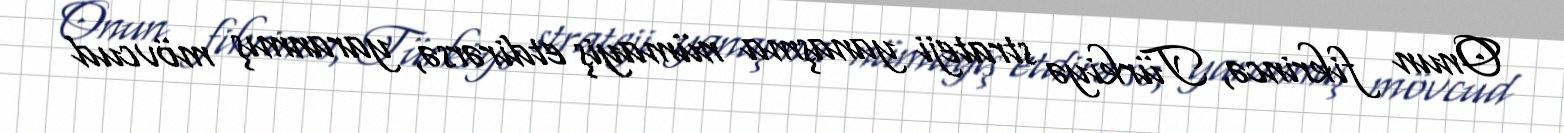
Onun fikrincə, Türkiyə strateji yanaşma nümayiş etdirərsə, yaranmış mövcud